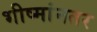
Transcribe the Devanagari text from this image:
भीष्मांनतर